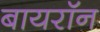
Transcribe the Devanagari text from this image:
बायरॉन